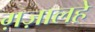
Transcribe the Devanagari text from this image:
ग़ज़ालहे